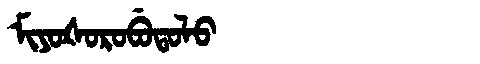
Manchu: ᠮᡳᠶᠣᡧᠣᡵᠣᠪᡠᡨᠣᠯᠣ
Romanization: MIYOŠOROBUTOLO